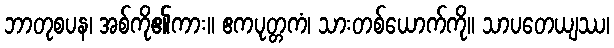
ဘာတုစပန၊ အစ်ကို၏ကား။ ဧကပုတ္တကံ၊ သားတစ်ယောက်ကို။ သာပတေယျဿ၊